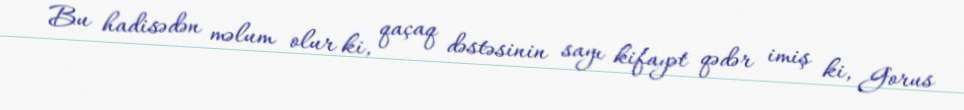
Bu hadisədən məlum olur ki, qaçaq dəstəsinin sayı kifayət qədər imiş ki, Gorus